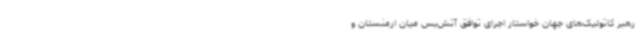
رهبر کاتولیک‌های جهان خواستار اجرای توافق آتش‌بس میان ارمنستان و